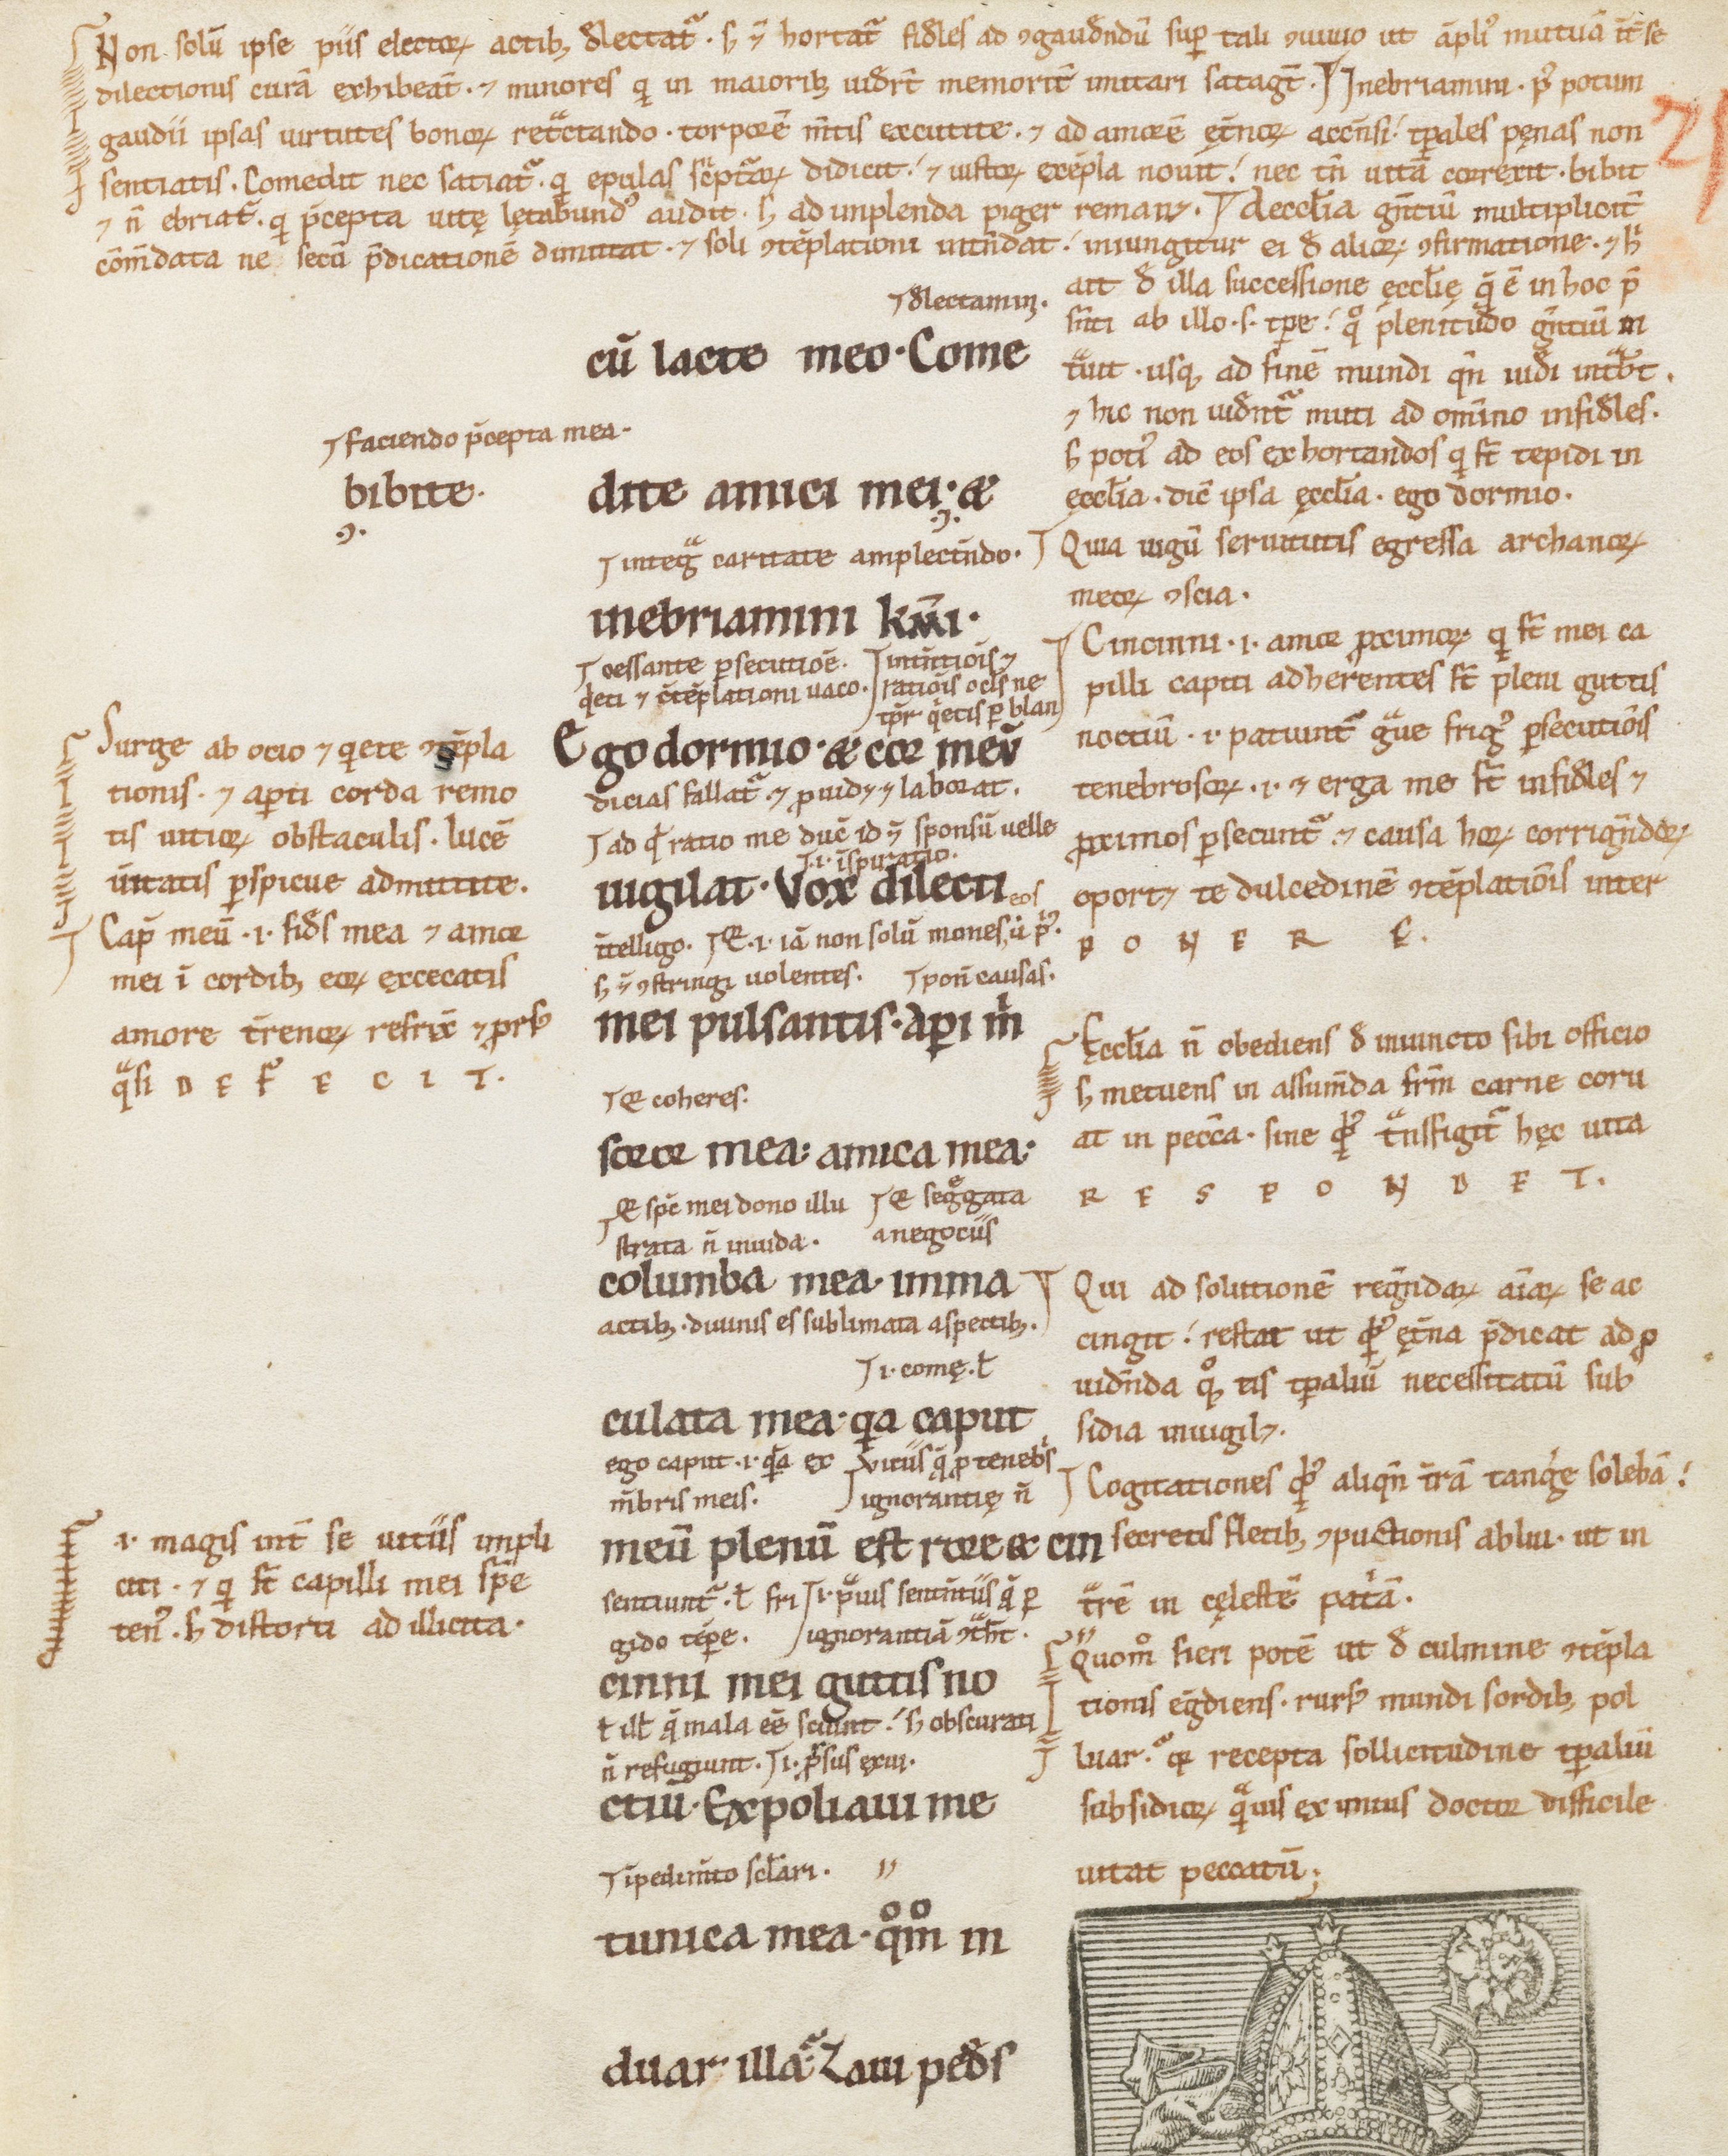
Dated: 800–1299